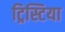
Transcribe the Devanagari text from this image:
ट्रिस्टिया